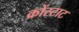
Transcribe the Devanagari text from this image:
क्रोंस्टाट